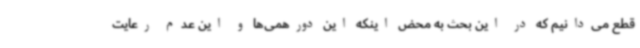
قطع می‌دانیم که در این بحث به محض اینکه این دورهمی‌ها و این عدم رعایت